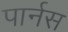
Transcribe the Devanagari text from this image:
पार्नस